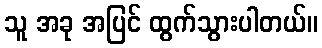
သူ အခု အပြင် ထွက်သွားပါတယ်။